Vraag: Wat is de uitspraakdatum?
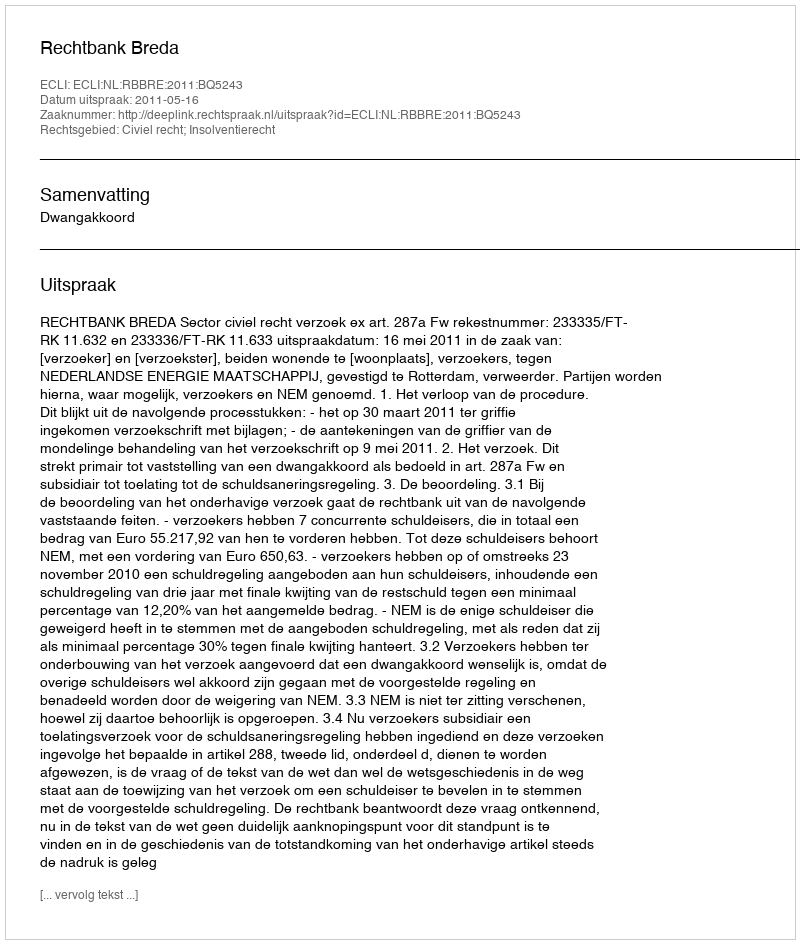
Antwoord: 2011-05-16